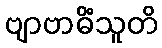
ဗျာဗာဓိံသူတိ